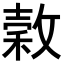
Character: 𭤄